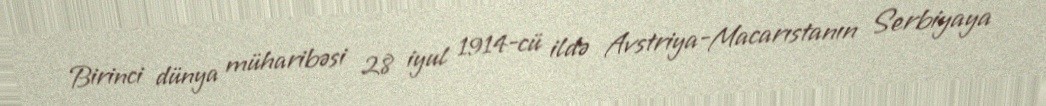
Birinci dünya müharibəsi 28 iyul 1914-cü ildə Avstriya-Macarıstanın Serbiyaya